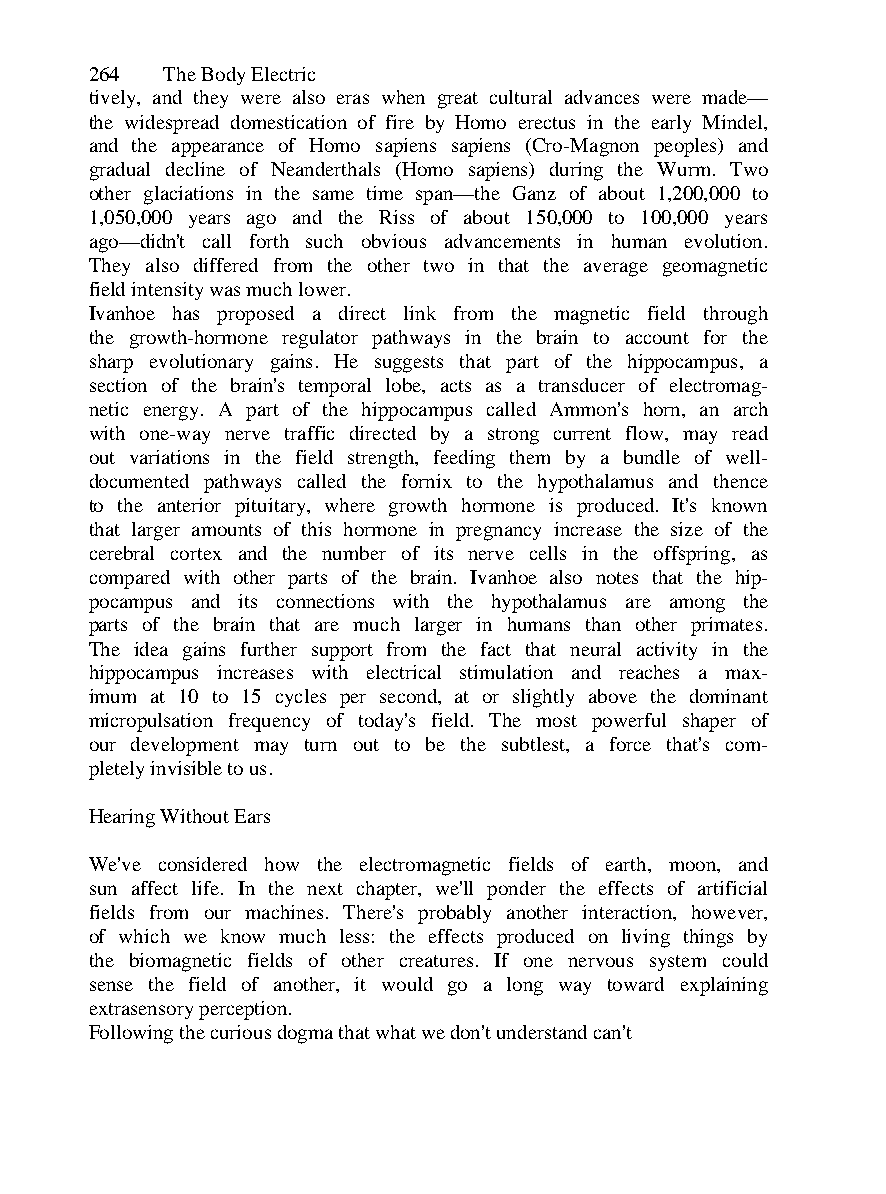
264  The Body Electric
 tively, and they were also eras when great cultural advances were made—
 the widespread domestication of fire by Homo erectus in the early Mindel,
 and the appearance of Homo sapiens sapiens (Cro-Magnon peoples) and
 gradual decline of Neanderthals (Homo sapiens) during the Wurm. Two
 other glaciations in the same time span—the Ganz of about 1,200,000 to
 1,050,000 years ago and the Riss of about 150,000 to 100,000 years
 ago—didn't call forth such obvious advancements in human evolution.
 They also differed from the other two in that the average geomagnetic
 field intensity was much lower.
 Ivanhoe has proposed a direct link from the magnetic field through
 the growth-hormone regulator pathways in the brain to account for the
 sharp evolutionary gains. He suggests that part of the hippocampus, a
 section of the brain's temporal lobe, acts as a transducer of electromag-
 netic energy. A part of the hippocampus called Ammon's horn, an arch
 with one-way nerve traffic directed by a strong current flow, may read
 out variations in the field strength, feeding them by a bundle of well-
 documented pathways called the fornix to the hypothalamus and thence
 to the anterior pituitary, where growth hormone is produced. It's known
 that larger amounts of this hormone in pregnancy increase the size of the
 cerebral cortex and the number of its nerve cells in the offspring, as
 compared with other parts of the brain. Ivanhoe also notes that the hip-
 pocampus and its connections with the hypothalamus are among the
 parts of the brain that are much larger in humans than other primates.
 The idea gains further support from the fact that neural activity in the
 hippocampus increases with electrical stimulation and reaches a max-
 imum at 10 to 15 cycles per second, at or slightly above the dominant
 micropulsation frequency of today's field. The most powerful shaper of
 our development may turn out to be the subtlest, a force that's com-
 pletely invisible to us.
 Hearing Without Ears
 We've considered how the electromagnetic fields of earth, moon, and
 sun affect life. In the next chapter, we'll ponder the effects of artificial
 fields from our machines. There's probably another interaction, however,
 of which we know much less: the effects produced on living things by
 the biomagnetic fields of other creatures. If one nervous system could
 sense the field of another, it would go a long way toward explaining
 extrasensory perception.
 Following the curious dogma that what we don't understand can't